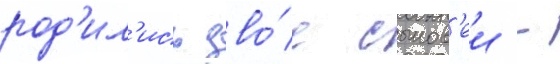
род'ил'ись дво́е сынов'еи -